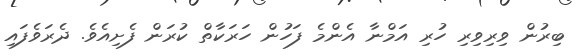
ބިރުން ވިރިވިރި ހުރި އަމްނާ އެންމެ ފަހުން ހަރަކާތް ކުރަން ފެށިއެވެ. ދެރަވެފައި